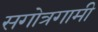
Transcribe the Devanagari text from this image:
सगोत्रगामी